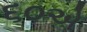
૬૦એ